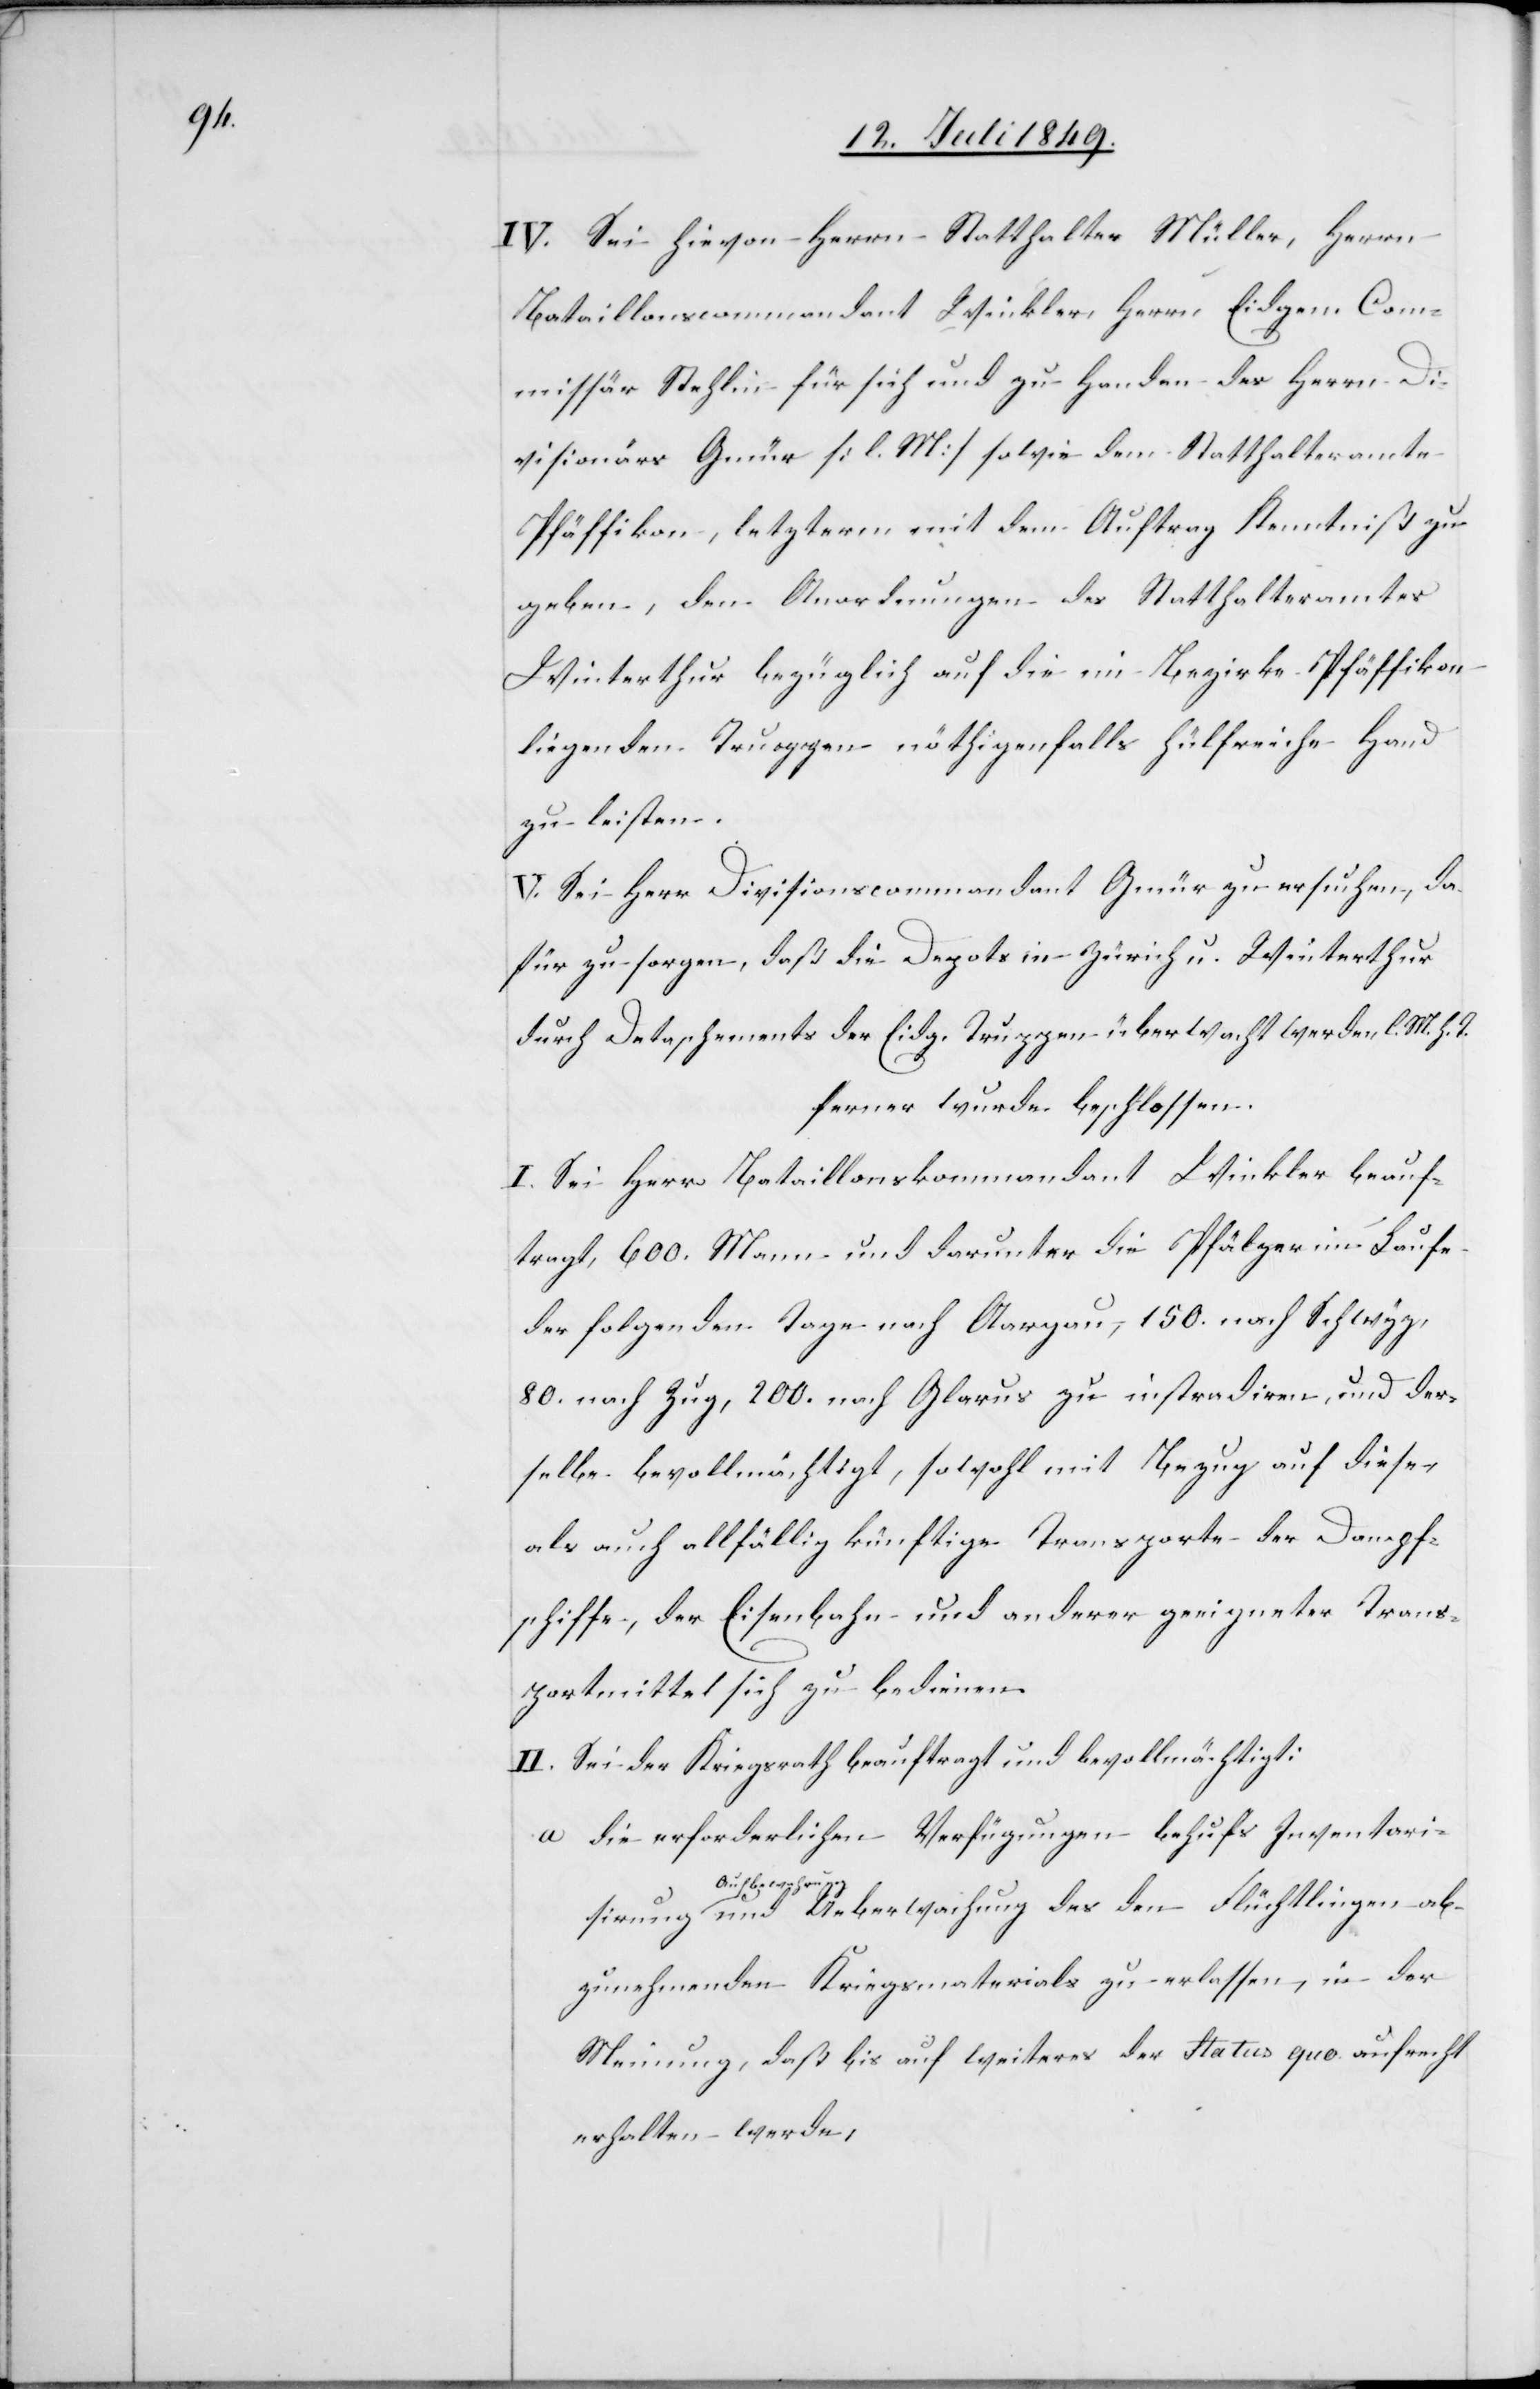
IV. Sei hievon Herrn Statthalter Müller, Herrn
Bataillonscommandant Winkler, Herrn Eidgen. Com¬
missär Stehlin für sich und zu Handen des Herrn Di¬
visionär Gmür [l. M.] sowie dem Statthalteramte
Pfäffikon, letzterm mit dem Auftrag Kenntniß zu
geben, den Anordnungen des Statthalteramtes
Winterthur bezüglich auf die im Bezirke Pfäffikon
liegenden Truppen nöthigenfalls hülfreiche Hand
zu leisten.
V. Sei Herr Divisionscommandant Gmür zu ersuchen, da
für zu sorgen, daß die Depots in Zürich u. Winterthur
durch Detachements der Eidg. Truppen überwacht werden l. M. h. T.
ferner wurde beschlossen:
I. Sei Herr Bataillonskommandant Winkler beauf¬
tragt, 600. Mann und darunter die Pfälzer im Laufe
der folgenden Tage nach Aargau, 150. nach Schwyz,
80. nach Zug, 200. nach Glarus zu instradiren, und der¬
selbe bevollmächtigt, sowohl mit Bezug auf diese
als auch allfällig künftige Transporte der Dampf¬
schiffe, der Eisenbahn und anderer geeigneter Trans¬
portmittel sich zu bedienen.
II. Sei der Kriegsrath beauftragt und bevollmächtigt:
a 	die erforderlichen Verfügungen behufs Inventari¬
sirung a-Aufbewa¬
hrung-a und Ueberweisung des den Flüchtlingen ab¬
zunehmenden Kriegsmaterials zu erlassen, in der
Meinung, daß bis auf weiteres der Status quo aufrecht
erhalten werde,